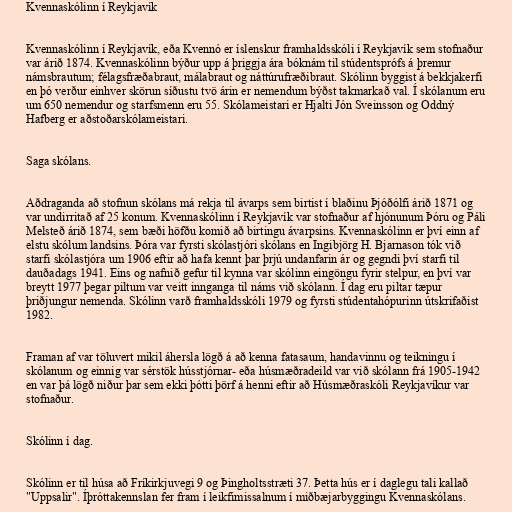
Kvennaskólinn í Reykjavík

Kvennaskólinn í Reykjavík, eða Kvennó er íslenskur framhaldsskóli í Reykjavík sem stofnaður
var árið 1874. Kvennaskólinn býður upp á þriggja ára bóknám til stúdentsprófs á þremur
námsbrautum; félagsfræðabraut, málabraut og náttúrufræðibraut. Skólinn byggist á bekkjakerfi
en þó verður einhver skörun síðustu tvö árin er nemendum býðst takmarkað val. Í skólanum eru
um 650 nemendur og starfsmenn eru 55. Skólameistari er Hjalti Jón Sveinsson og Oddný
Hafberg er aðstoðarskólameistari.

Saga skólans.

Aðdraganda að stofnun skólans má rekja til ávarps sem birtist í blaðinu Þjóðólfi árið 1871 og
var undirritað af 25 konum. Kvennaskólinn í Reykjavík var stofnaður af hjónunum Þóru og Páli
Melsteð árið 1874, sem bæði höfðu komið að birtingu ávarpsins. Kvennaskólinn er því einn af
elstu skólum landsins. Þóra var fyrsti skólastjóri skólans en Ingibjörg H. Bjarnason tók við
starfi skólastjóra um 1906 eftir að hafa kennt þar þrjú undanfarin ár og gegndi því starfi til
dauðadags 1941. Eins og nafnið gefur til kynna var skólinn eingöngu fyrir stelpur, en því var
breytt 1977 þegar piltum var veitt innganga til náms við skólann. Í dag eru piltar tæpur
þriðjungur nemenda. Skólinn varð framhaldsskóli 1979 og fyrsti stúdentahópurinn útskrifaðist
1982.

Framan af var töluvert mikil áhersla lögð á að kenna fatasaum, handavinnu og teikningu í
skólanum og einnig var sérstök hússtjórnar- eða húsmæðradeild var við skólann frá 1905-1942
en var þá lögð niður þar sem ekki þótti þörf á henni eftir að Húsmæðraskóli Reykjavíkur var
stofnaður.

Skólinn í dag.

Skólinn er til húsa að Fríkirkjuvegi 9 og Þingholtsstræti 37. Þetta hús er í daglegu tali kallað
"Uppsalir". Íþróttakennslan fer fram í leikfimissalnum í miðbæjarbyggingu Kvennaskólans.